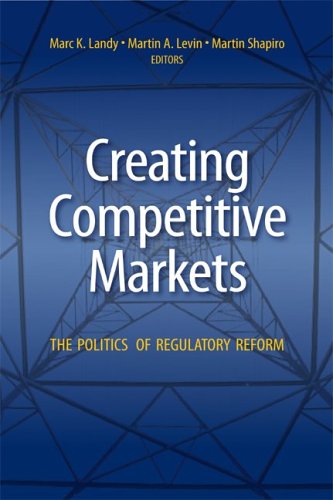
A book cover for Creating Competitive Markets: The Politics of Regulatory Reform; Business & Money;